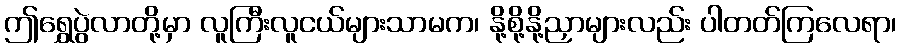
ဤရွှေပွဲလာတို့မှာ လူကြီးလူငယ်များသာမက၊ နို့စို့နို့ညှာများလည်း ပါတတ်ကြလေရာ၊